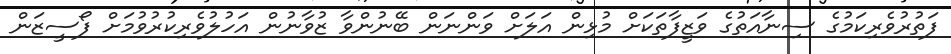
ފަތުރުވެރިކަމުގެ ސިނާއަތުގެ ވަޒީފާތަކަށް މުޅިން އަލަށް ވަންނަން ބޭނުންވާ ޒުވާނުން އަހުލުވެރިކުރުވުމަށް ފޯސީޒަން